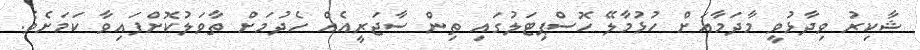
ޝާކިރު ވިދާޅުވީ މާދަމާއަށް ހުޅުމާލޭ ހޮސްޕިޓަލުގައި ތިން ސާޖަރީއެއް ހެދުމަށް ތާވަލުކޮށްފައިވާ ކަމަށެވެ.